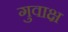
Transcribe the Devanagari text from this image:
गुवाक्ष